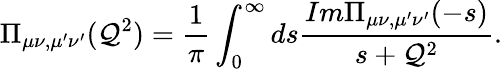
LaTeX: \Pi_{\mu\nu,\mu^{\prime}\nu^{\prime}}(\mathcal{Q}^{2})=\displaystyle{\frac{{1}}{{\pi}}\int_{0}^{\infty}ds\frac{{Im\Pi_{\mu\nu,\mu^{\prime}\nu^{\prime}}(-s)}}{{s+\mathcal{Q}^{2}}}}.